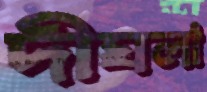
দীঘলা